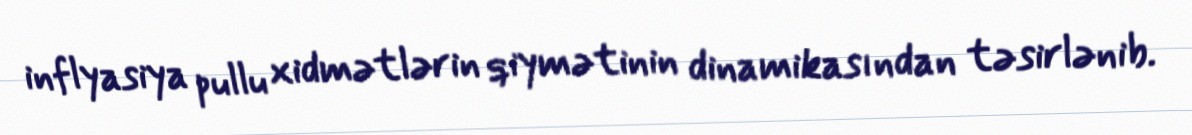
inflyasiya pullu xidmətlərin qiymətinin dinamikasından təsirlənib.